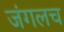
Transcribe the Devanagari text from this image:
जंगलच